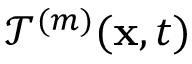
\mathcal { T } ^ { ( m ) } ( \mathbf { x } , t )